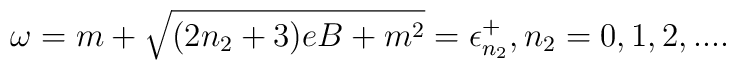
\omega = m+\sqrt {(2n_2+3)eB+m^2}=\epsilon_{n_2}^{+}, n_2=0,1,2,...  .